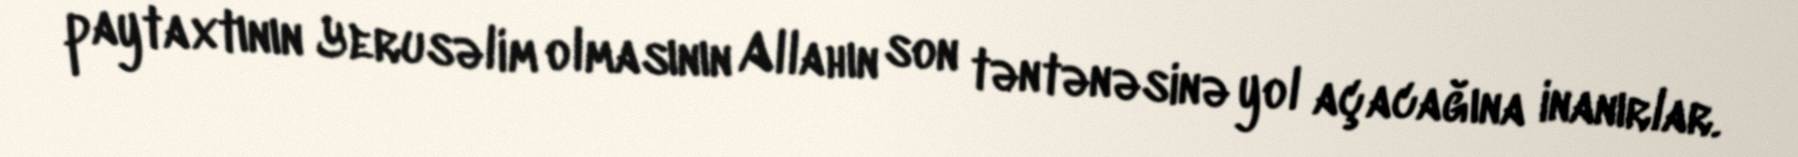
paytaxtının Yerusəlim olmasının Allahın son təntənəsinə yol açacağına inanırlar.